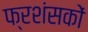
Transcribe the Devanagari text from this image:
फ्रशंसकों